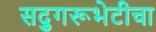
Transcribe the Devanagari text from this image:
सद्गुरूभेटीचा